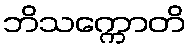
ဘိသက္ကောတိ